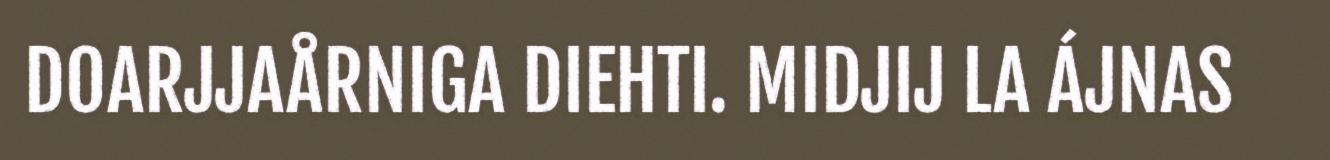
DOARJJAÅRNIGA DIEHTI. MIDJIJ LA ÁJNAS